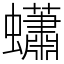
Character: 蠨